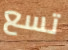
تسع